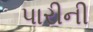
પારીની